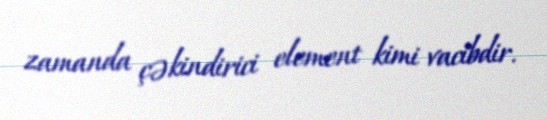
zamanda çəkindirici element kimi vacibdir.